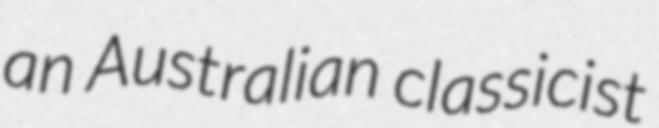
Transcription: an Australian classicist